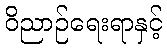
ဝိညာဉ်ရေးရာနှင့်